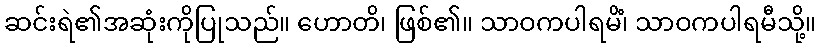
ဆင်းရဲ၏အဆုံးကိုပြုသည်။ ဟောတိ၊ ဖြစ်၏။ သာဝကပါရမိံ၊ သာဝကပါရမီသို့။